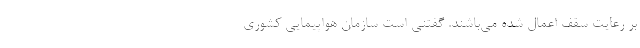
بر رعایت سقف اعمال شده می‌باشند. گفتنی است سازمان هواپیمایی کشوری